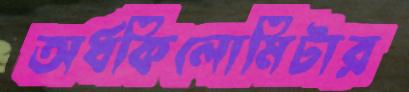
অর্ধকিলোমিটার